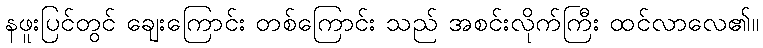
နဖူးပြင်တွင် ချေးကြောင်း တစ်ကြောင်း သည် အစင်းလိုက်ကြီး ထင်လာလေ၏။